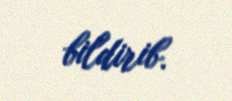
bildirib.